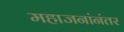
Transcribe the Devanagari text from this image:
महाजनांनंतर